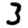
Digit: 3